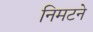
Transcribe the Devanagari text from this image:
निमटने